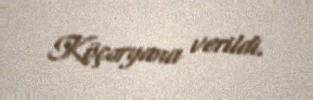
Köçəryana verildi.